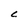
Character: c